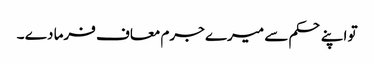
تو اپنے حکم سے میرے جرم معاف فرما دے ۔